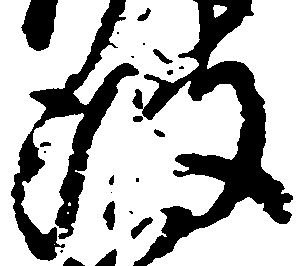
波